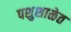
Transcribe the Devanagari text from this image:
पशुशाळेत